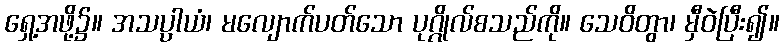
ရှေ့အဖို့၌။ အသပ္ပာယံ၊ မလျောက်ပတ်သော ပုဂ္ဂိုလ်စသည်ကို။ သေဝိတွာ၊ မှီဝဲပြီး၍။